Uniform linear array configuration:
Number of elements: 8
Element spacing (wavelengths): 0.25
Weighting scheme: binomial
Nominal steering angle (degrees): -15
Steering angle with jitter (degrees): -14.073
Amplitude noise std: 0.05
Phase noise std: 0.05

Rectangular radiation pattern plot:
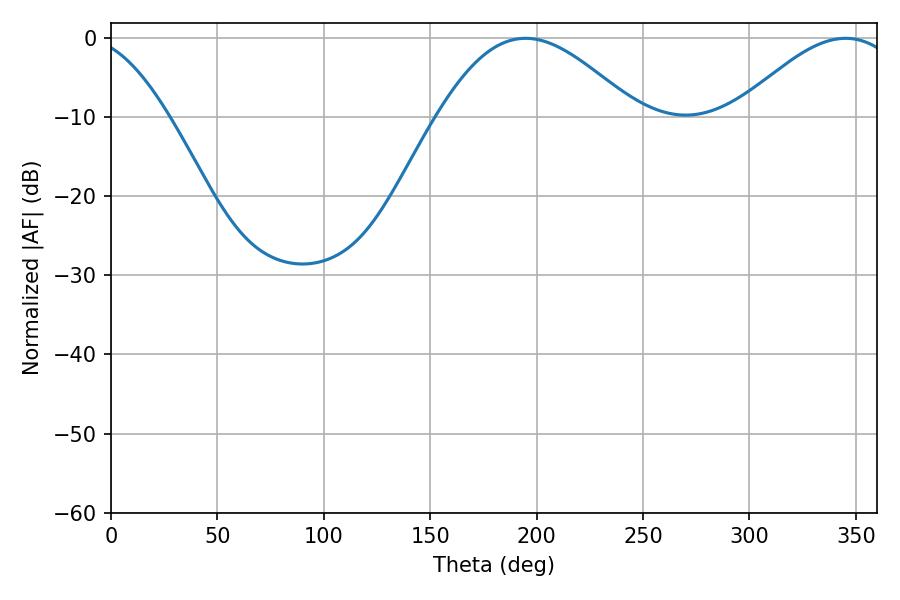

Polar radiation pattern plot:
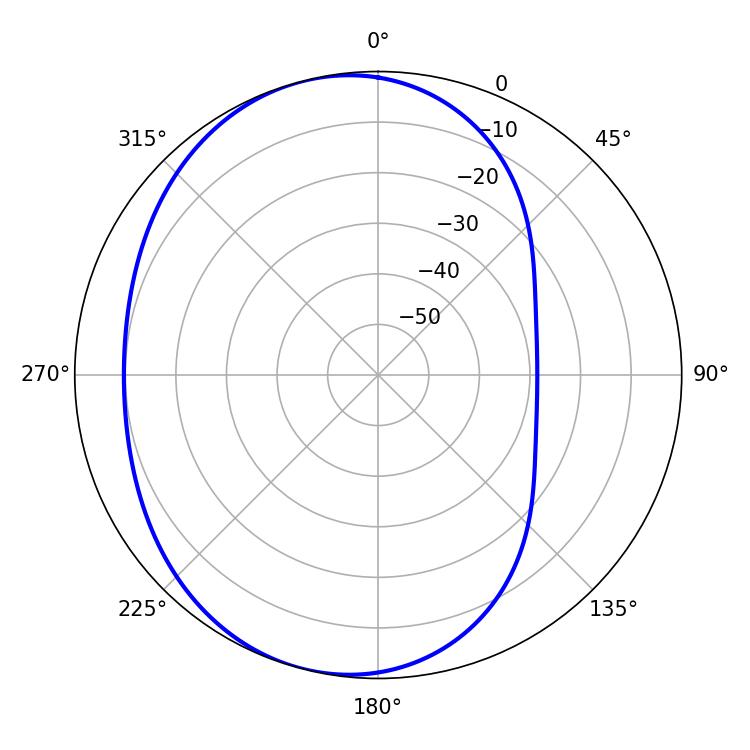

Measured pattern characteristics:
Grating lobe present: FALSE
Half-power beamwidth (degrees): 50.04
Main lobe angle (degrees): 194.76